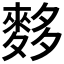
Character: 𪌫